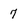
Character: 7